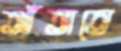
আঁতাতে